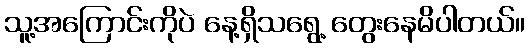
သူ့အကြောင်းကိုပဲ နေ့ရှိသရွေ့ တွေးနေမိပါတယ်။